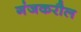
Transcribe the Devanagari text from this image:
गंजकरौल